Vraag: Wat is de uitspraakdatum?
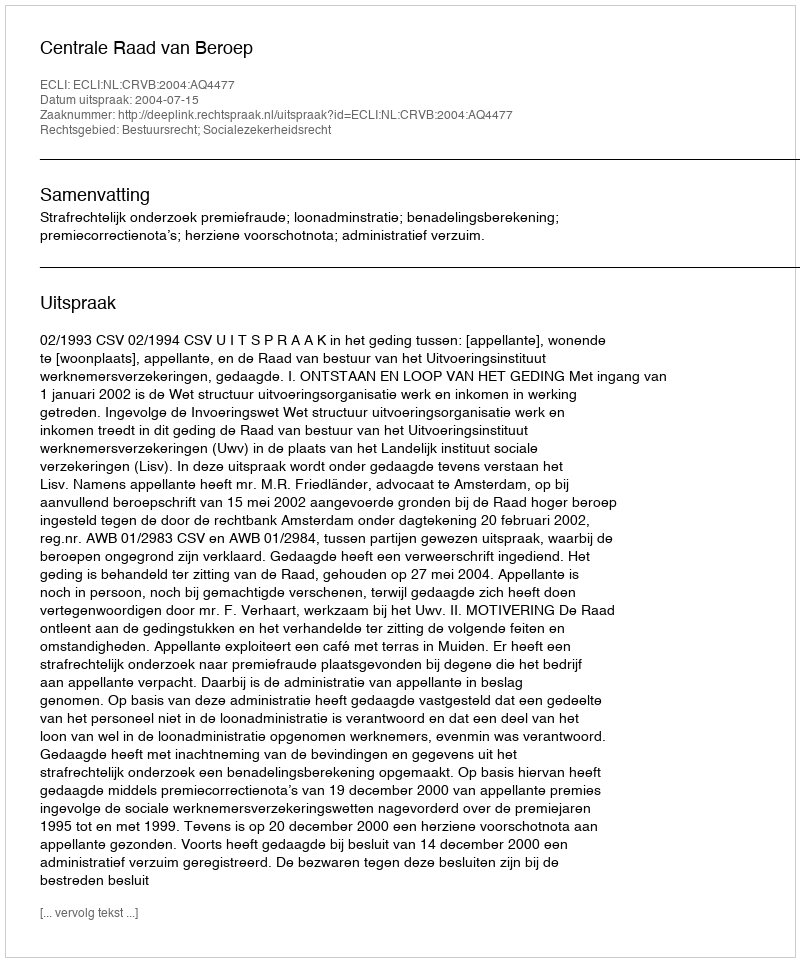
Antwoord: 2004-07-15